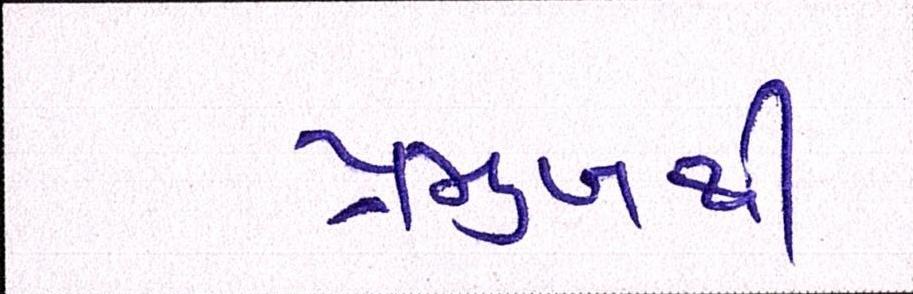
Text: પ્રમુખથી